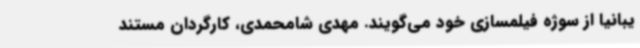
یبانیا از سوژه‌ فیلمسازی خود می‌گویند. مهدی شامحمدی، کارگردان مستند